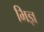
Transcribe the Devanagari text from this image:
भिज्ञ